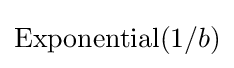
{\textrm {Exponential}}(1/b)